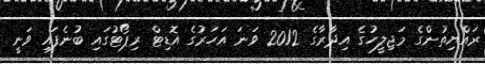
ރައްޔިތުންގެ މަޖިލީހުގެ އިދާރާގެ 2012 ވަނަ އަހަރުގެ އޮޑިޓް ރިޕޯޓުގައި ބުނެފައި ވަނީ